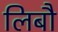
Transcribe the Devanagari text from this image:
लिबौ